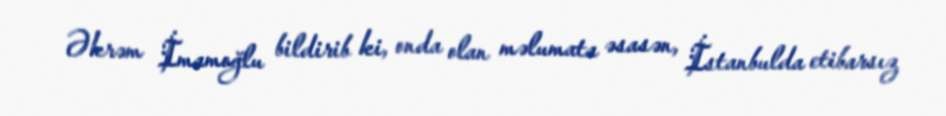
Əkrəm İmamoğlu bildirib ki, onda olan məlumata əsasən, İstanbulda etibarsız